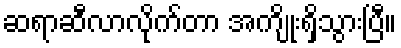
ဆရာဆီလာလိုက်တာ အကျိုးရှိသွားပြီ။